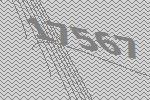
17567